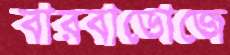
বারবাডোজে